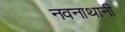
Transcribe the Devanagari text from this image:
नवनाथानी